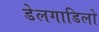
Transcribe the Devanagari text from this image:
डेलगाडिलो